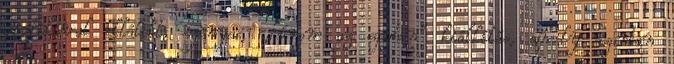
grafikával ellátott, igényes, „három az egyben” kiállítás, amely azonban